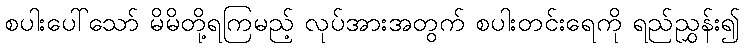
စပါးပေါ်သော် မိမိတို့ရကြမည့် လုပ်အားအတွက် စပါးတင်းရေကို ရည်ညွှန်း၍